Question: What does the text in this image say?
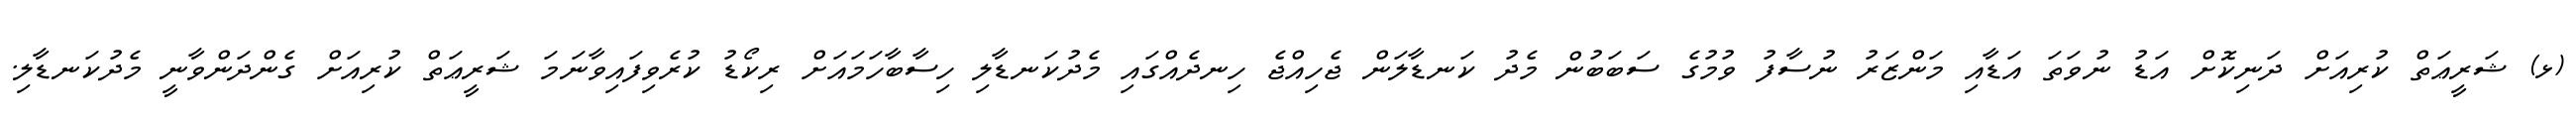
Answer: (ޅ) ޝަރީޢަތް ކުރިއަށް ދަނިކޮށް އަޑު ނުވަތަ އަޑާއި މަންޒަރު ނުސާފު ވުމުގެ ސަބަބުން މެދު ކަނޑާލަން ޖެހިއްޖެ ހިނދެއްގައި މެދުކަނޑާލި ހިސާބާހަމައަށް ރިކޯޑު ކުރެވިފައިވާނަމަ ޝަރީޢަތް ކުރިއަށް ގެންދަންވާނީ މެދުކަނޑާލި.